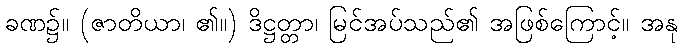
ခဏ၌။ (ဇာတိယာ၊ ၏။) ဒိဋ္ဌတ္တာ၊ မြင်အပ်သည်၏ အဖြစ်ကြောင့်။ အနု